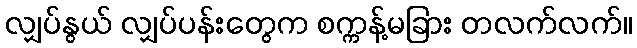
လျှပ်နွယ် လျှပ်ပန်းတွေက စက္ကန့်မခြား တလက်လက်။